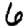
Digit: 6